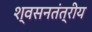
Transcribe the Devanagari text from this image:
श्वसनतंत्रीय